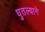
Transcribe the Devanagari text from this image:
धुतल्याने